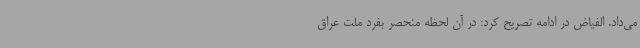
می‌داد. الفیاض در ادامه تصریح کرد: در آن لحظه منحصر بفرد ملت عراق